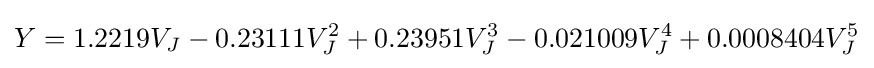
Y=1.2219V_{J}-0.23111V_{J}^{2}+0.23951V_{J}^{3}-0.021009V_{J}^{4}+0.0008404V_{J}^{5}